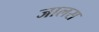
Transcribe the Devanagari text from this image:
जालस